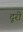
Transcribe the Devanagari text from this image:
दूरी